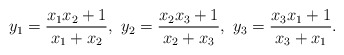
\begin{align*} y_1=\frac{x_1x_2+1}{x_1+x_2},\ y_2=\frac{x_2x_3+1}{x_2+x_3},\ y_3=\frac{x_3x_1+1}{x_3+x_1}. \end{align*}